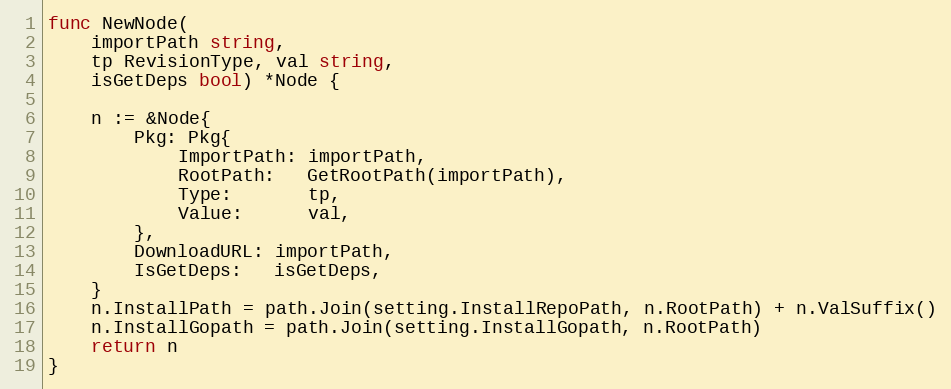
Language: Go
func NewNode(
	importPath string,
	tp RevisionType, val string,
	isGetDeps bool) *Node {

	n := &Node{
		Pkg: Pkg{
			ImportPath: importPath,
			RootPath:   GetRootPath(importPath),
			Type:       tp,
			Value:      val,
		},
		DownloadURL: importPath,
		IsGetDeps:   isGetDeps,
	}
	n.InstallPath = path.Join(setting.InstallRepoPath, n.RootPath) + n.ValSuffix()
	n.InstallGopath = path.Join(setting.InstallGopath, n.RootPath)
	return n
}